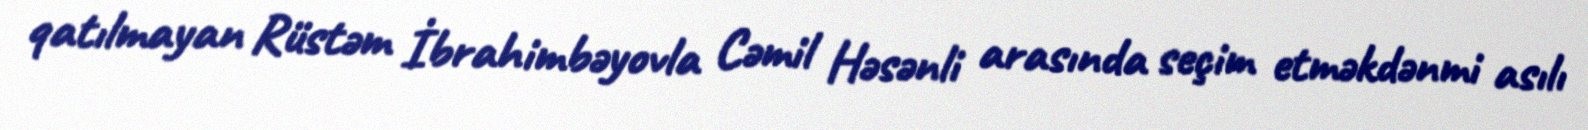
qatılmayan Rüstəm İbrahimbəyovla Cəmil Həsənli arasında seçim etməkdənmi asılı